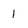
Character: 1